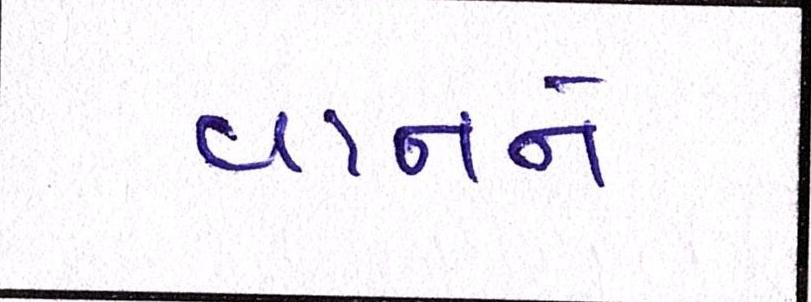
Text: વાનને